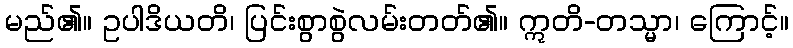
မည်၏။ ဥပါဒိယတိ၊ ပြင်းစွာစွဲလမ်းတတ်၏။ ဣတိ-တသ္မာ၊ ကြောင့်။